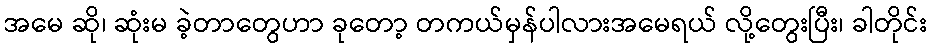
အမေ ဆို၊ ဆုံးမ ခဲ့တာတွေဟာ ခုတော့ တကယ်မှန်ပါလားအမေရယ် လို့တွေးပြီး၊ ခါတိုင်း